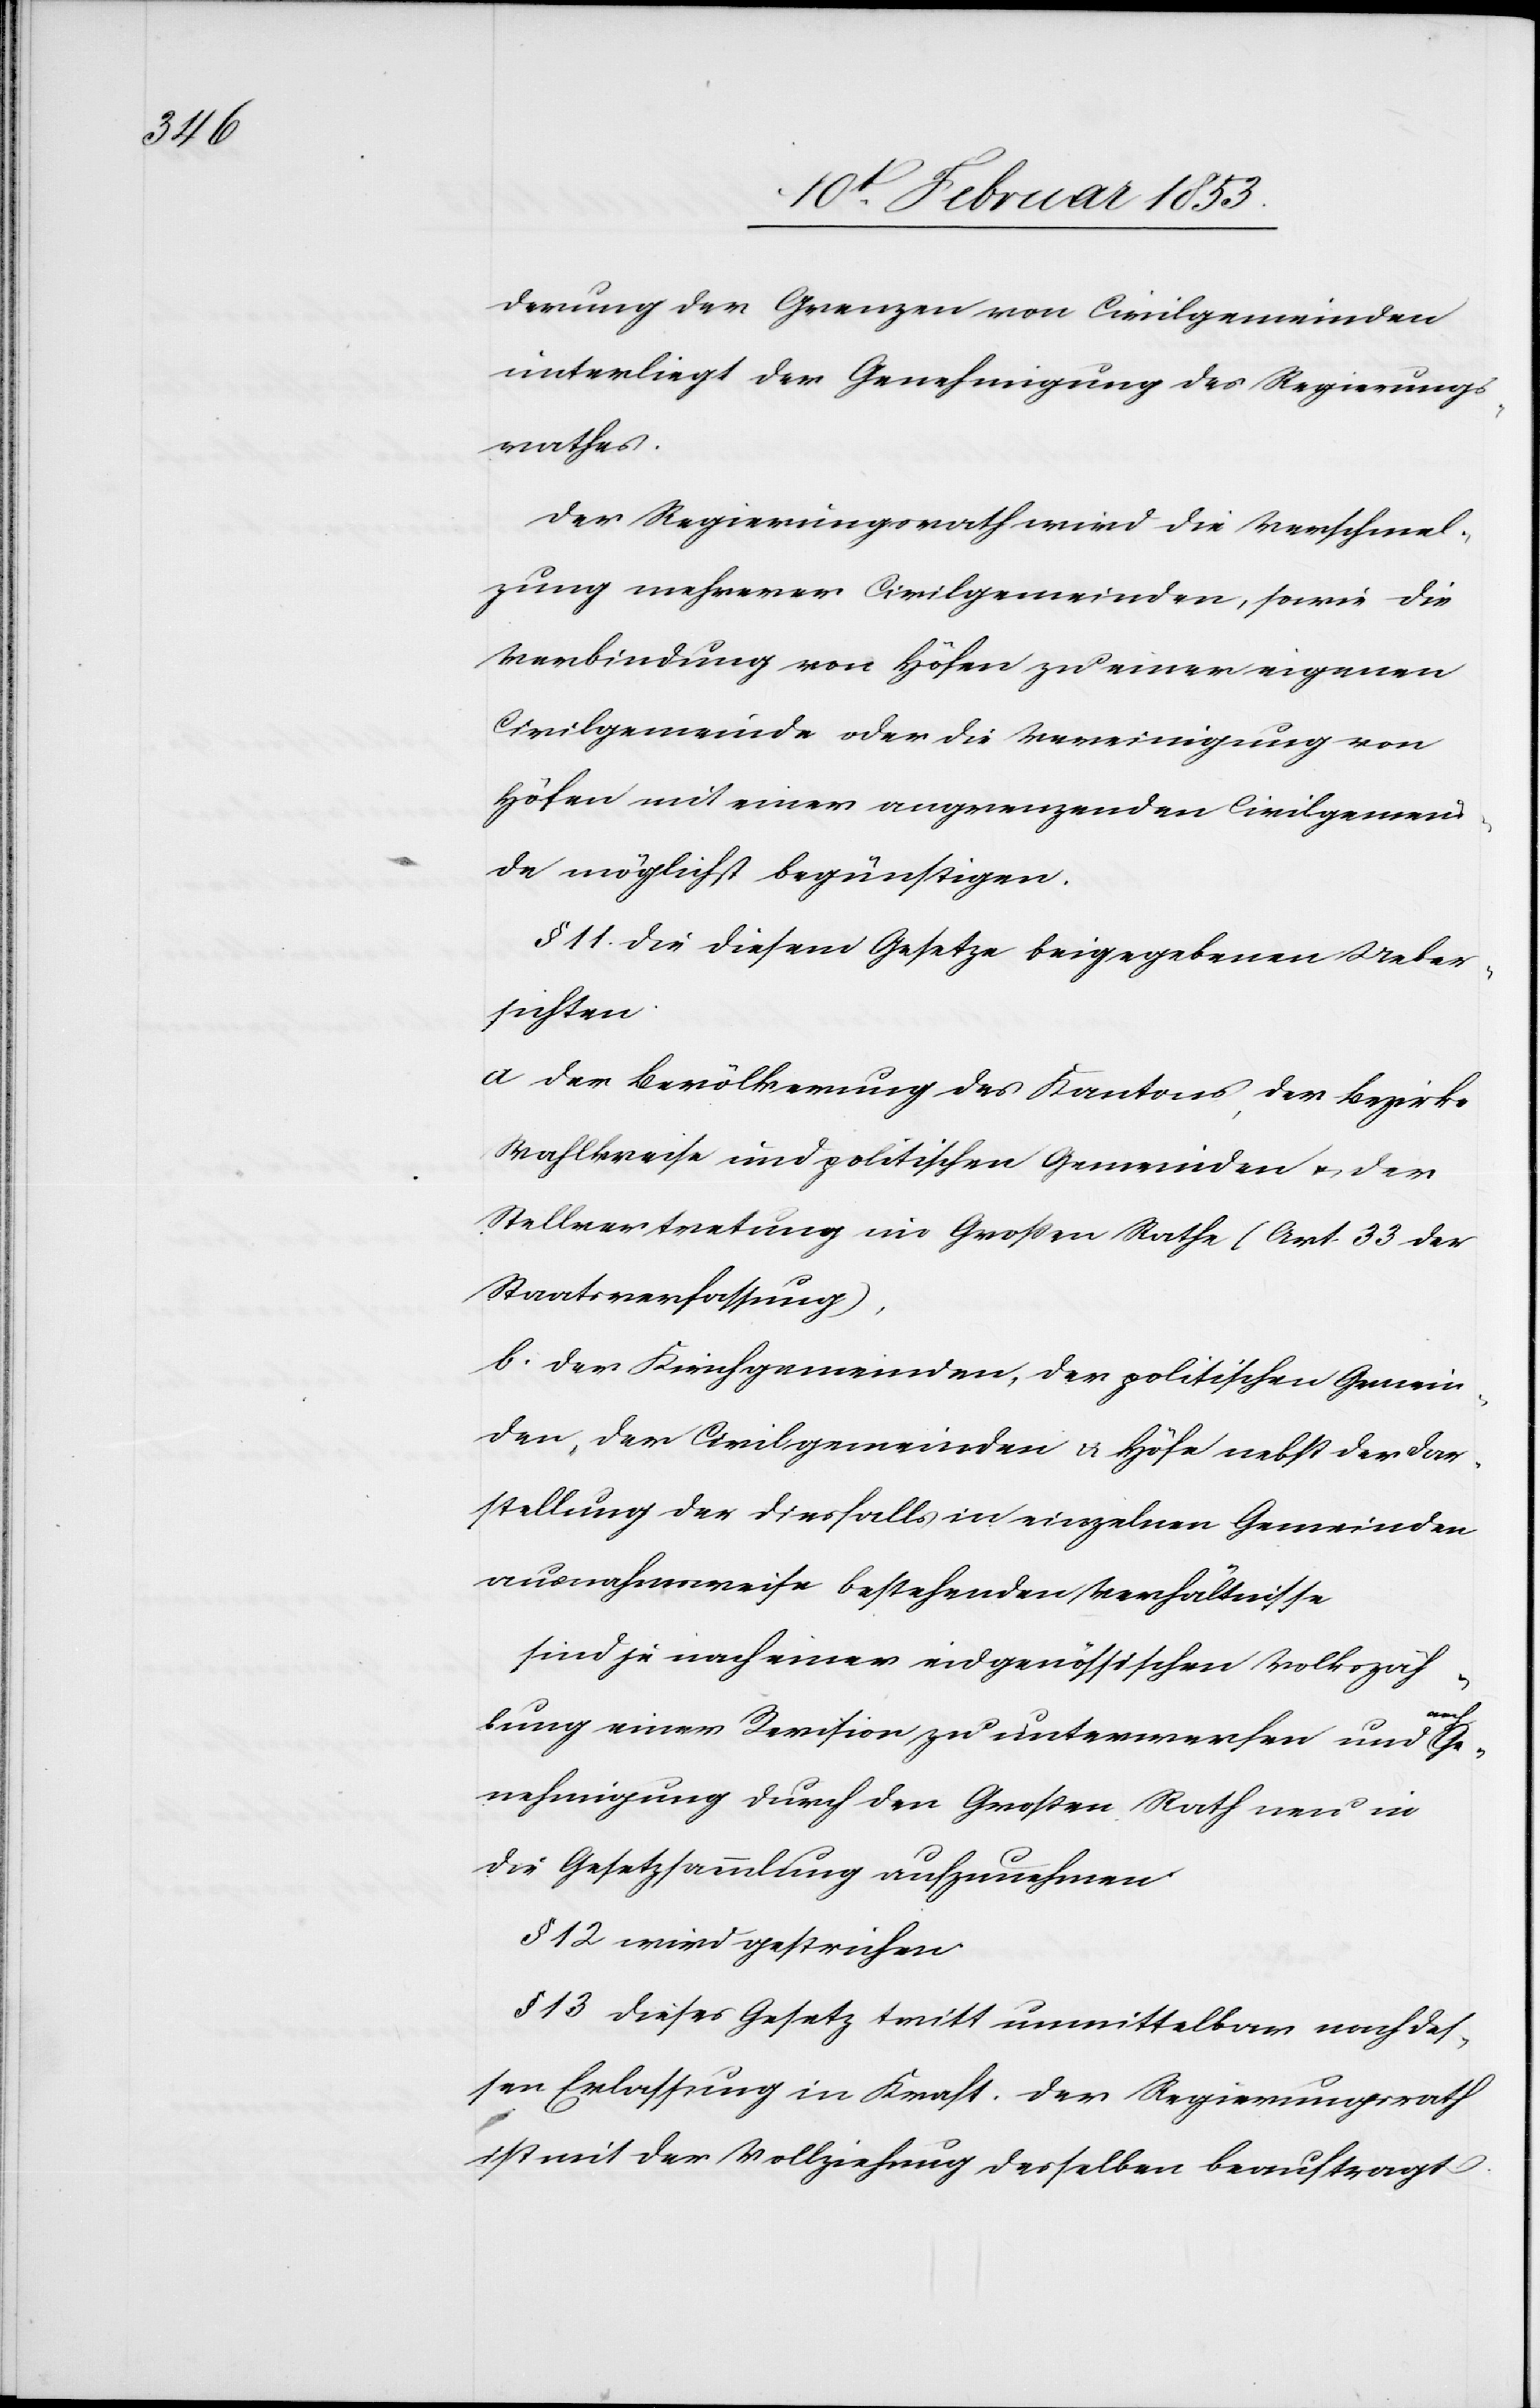
derung der Grenzen von Civilgemeinden
unterliegt der Genehmigung des Regierungs¬
rathes.
Der Regierungsrath wird die Verschmel¬
zung mehrerer Civilgemeinden, sowie die
Verbindung von Höfen zu einer eigenen
Civilgemeinde oder die Vereinigung von
Höfen mit einer angrenzenden Civilgemein¬
de möglichst begünstigen.
§ 11 Die diesem Gesetze beigegebenen Ueber¬
sichten.
a Der Bevölkerung des Kantons der Bezirks¬
wahlkreise und politischen Gemeinden u. der
Stellenvertretung im Großen Rathe (Art. 33 der
Staatsverfassung),
b. Der Kirchgemeinden, der politischen Gemein¬
den, der Civilgemeinden u. Höfe nebst der Dar¬
stellung der diesfalls in einzelnen Gemeinden
ausnahmsweise bestehenden Verhältnisse
sind je nach einer eidgenössischen Volkszäh¬
lung einer Revision zu unterwerfen und nach
Genehmigung durch den Großen Rath neu in
die Gesetzessammlung aufzunehmen.
§ 12 wird gestrichen.
§ 13 dieses Gesetz tritt unmittelbar nach des¬
sen Erlassung in Kraft. Der Regierungsrath
ist mit der Vollziehung desselben beauftragt.